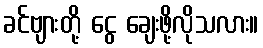
ခင်ဗျားတို့ ငွေ ချေးဖို့လိုသလား။